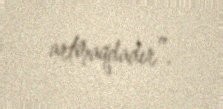
artmaqdadır”.